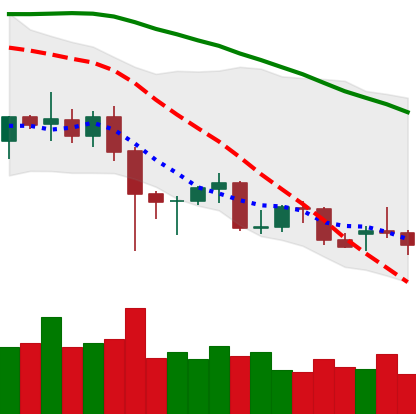
Ticker: XMR-USD
Chart end date: 2021-12-17
Forward return: 4.833%
Label: up_3_5